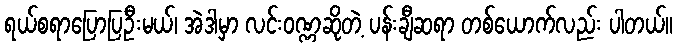
ရယ်စရာပြောပြဦးမယ်၊ အဲဒါမှာ လင်းဝဏ္ဏဆိုတဲ့ ပန်းချီဆရာ တစ်ယောက်လည်း ပါတယ်။